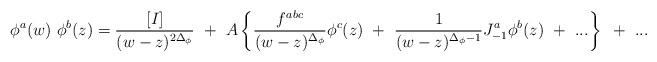
LaTeX: \begin{align*}\phi^a(w)~\phi^b(z)={[I]\over(w-z)^{2\Delta_\phi}}~+~A\left\{ {f^{abc}\over(w-z)^{\Delta_\phi}}\phi^c(z)~+~{1\over(w-z)^{\Delta_\phi-1}}J^a_{-1}\phi^b(z){}~+~...\right\}~+~...\end{align*}